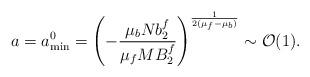
LaTeX: \begin{align*}a=a^0_{\rm min}=\left(-{\mu_bNb_2^f\over\mu_fMB_2^f}\right)^{1\over2(\mu_f-\mu_b)}\sim{\cal O}(1).\end{align*}